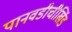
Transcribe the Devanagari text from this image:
पानवडीचीखिंड